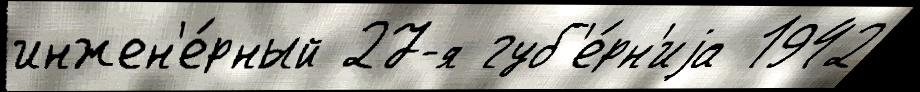
инжен'е́рный 27-я губ'е́рн'иjа 1942